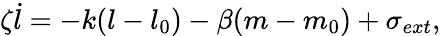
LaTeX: \zeta\dot{l}=-k(l-l_{0})-\beta(m-m_{0})+\sigma_{ext},